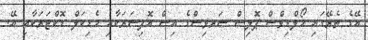
އޭގެ ތެރޭގައި މޯލްޑިވްސް ޕޮލިސް ސަރވިސްގެ އިސް އޮފިސަރަކާއި މެޑިކަލް ޑޮކްޓަރަކާއި އޭ.